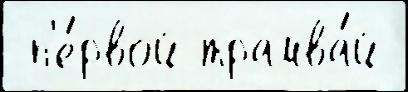
 п'е́рвой трамва́й